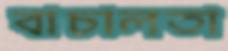
বাচালতা